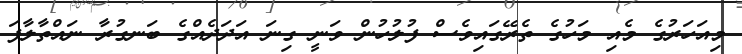
މިއަހަރުގެ މެއި މަހުގެ ތެރޭގައިވެސް ފުލުހުން ވަނީ ގިނަ އަދަދެއްގެ ބަނގުރާ ނައްތާލާފަ